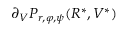
\partial _ { V } P _ { r , \varphi , \psi } ( R ^ { * } , V ^ { * } )